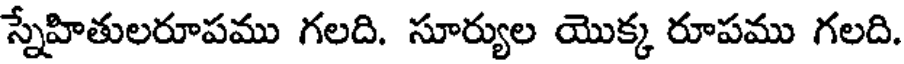
స్నేహితులరూపము గలది. సూర్యుల యొక్క రూపము గలది.